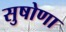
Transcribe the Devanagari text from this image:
सुषोणा